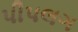
પીપલગ